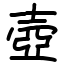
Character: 壺